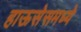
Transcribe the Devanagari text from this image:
हाऊसेसमध्ये